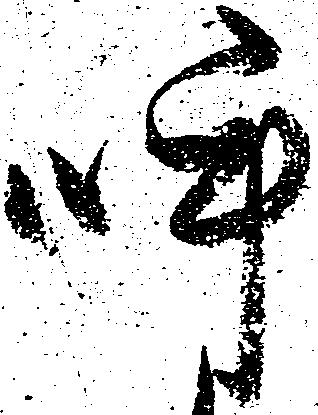
呼